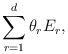
LaTeX: \begin{align*}\sum_{r=1}^d \theta_r E_r,\end{align*}